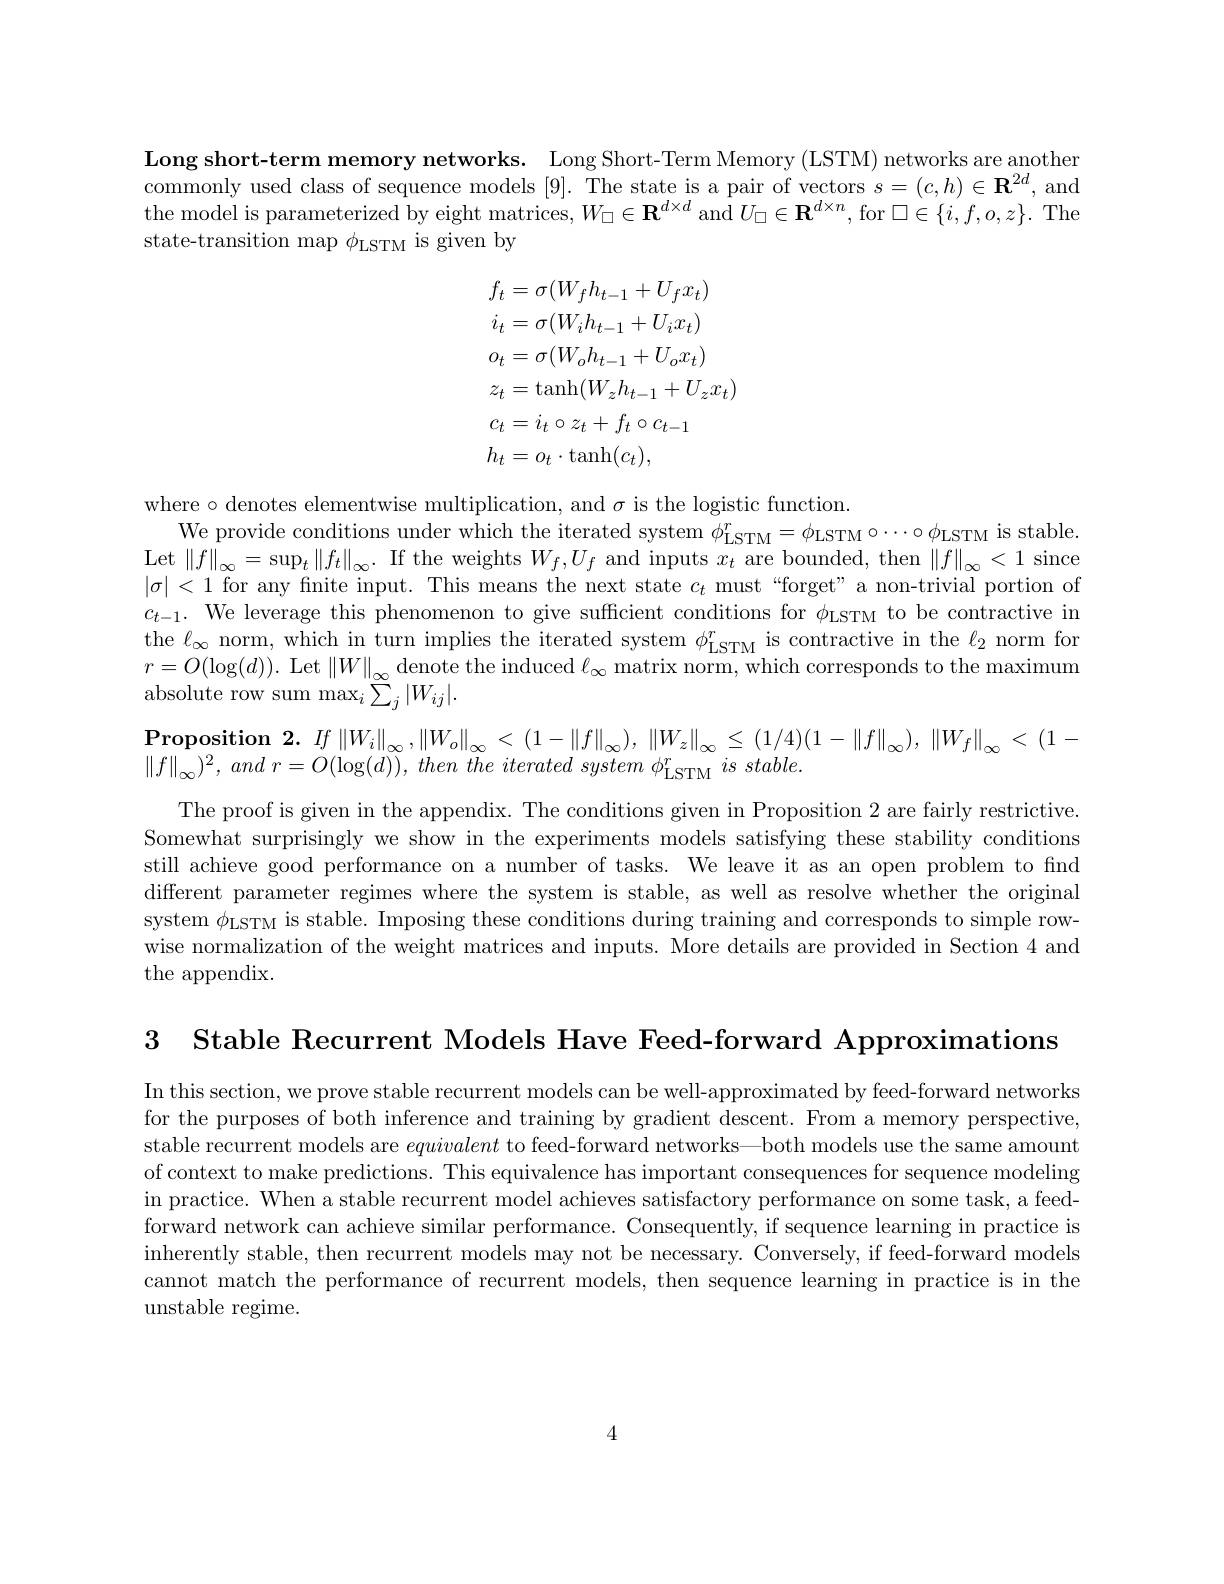
Long short-term memory networks. Long Short-Term Memory (LSTM) networks are another commonly used class of sequence models [9]. The state is a pair of vectors $s=(c,h)\in\mathbf{R}^{2d}$, and the model is parameterized by eight matrices, $W_\square\in\mathbf{R}^{d\times d}$ and $U_\square\in\mathbf{R}^{d\times n}$, for $\square\in\{i,f,o,z\}.$ The state-transition map $\phi_\mathrm{LSTM}$ is given by
$$\begin{aligned}&f_{t}=\sigma(W_{f}h_{t-1}+U_{f}x_{t})\\&i_{t}=\sigma(W_{i}h_{t-1}+U_{i}x_{t})\\&o_{t}=\sigma(W_{o}h_{t-1}+U_{o}x_{t})\\&z_{t}=\mathrm{tanh}(W_{z}h_{t-1}+U_{z}x_{t})\\&c_{t}=i_{t}\circ z_{t}+f_{t}\circ c_{t-1}\\&h_{t}=o_{t}\cdot\mathrm{tanh}(c_{t}),\end{aligned}$$
where $\circ$denotes elementwise multiplication, and $\sigma$ is the logistic function.
We provide conditions under which the iterated system $\phi_{\mathrm{LSTM}}^{r}=\phi_{\mathrm{LSTM}}\circ\cdots\circ\phi_{\mathrm{LSTM}}$ is stable. $\operatorname*{Let}\left\|f\right\|_{\infty}=\operatorname*{sup}_{t}\left\|f_{t}\right\|_{\infty}.$ If the weights $W_f,U_f$ and inputs $x_t$ are bounded, then $\left\|f\right\|_{\infty}<1$ since $|\sigma|<1$ for any finite input. This means the next state $c_t$ must “forget”a non-trivial portion of $c_{t-1}.$ We leverage this phenomenon to give sufficient conditions for $\phi_\text{LSTM}$ to be contractive in the $\ell_\infty$ norm, which in turn implies the iterated system $\phi_\mathrm{LSTM}^{r}$ is contractive in the $\ell_2$ norm for $r=O(\log(d)).$ Let $\|W\|_\infty$denote the induced $\ell_\infty$ matrix norm, which corresponds to the maximum absolute row sum max$_i{\bar{\sum}_j}|W_{ij}|.$

$\textbf{Proposition 2. }If\left \| W_{i}\right \| _{\infty }, \left \| W_{o}\right \| _{\infty }< ( 1- \left \| f\right \| _{\infty }) , \left \| W_{z}\right \| _{\infty }\leq ( 1/ 4) ( 1- \left \| f\right \| _{\infty }) , \left \| W_{f}\right \| _{\infty }< ( 1-$ $\left\|f\right\|_{\infty}^{2}=\left\|f\right\|_{\infty}^{2}=\left\|f\right\|_{\infty}^{2}=\left\|f\right\|_{\infty}^{2}=\left\|f\right\|_{\infty}^{2}=\left\|f\right\|_{\infty}^{2}=\left\|f\right\|_{\infty}^{2}=\left\|f\right\|_{\infty}^{3}=\left\|f\right\|_{\infty}^{2}=\left\|f\right\|_{\infty}^{2}$

$\| f\| _{\infty }) ^{2}$, and $r= O( \log ( d) ) $, then $\tilde {the}$ iterated system $\phi _{\mathrm{LSTM}}^{r}$ $is$ $stable.$

The proof is given in the appendix. The conditions given in Proposition 2 are fairly restrictive. Somewhat surprisingly we show in the experiments models satisfying these stability conditions still achieve good performance on a number of tasks. We leave it as an open problem to find different parameter regimes where the system is stable, as well as resolve whether the original system $\phi_\mathrm{LSTM}$ is stable. Imposing these conditions during training and corresponds to simple rowwise normalization of the weight matrices and inputs. More details are provided in Section 4 and the appendix.

3 Stable Recurrent Models Have Feed-forward Approximations

In this section, we prove stable recurrent models can be well-approximated by feed-forward networks for the purposes of both inference and training by gradient descent. From a memory perspective, stable recurrent models are equivalent to feed-forward networks—both models use the same amount of context to make predictions. This equivalence has important consequences for sequence modeling in practice. When a stable recurrent model achieves satisfactory performance on some task, a feedforward network can achieve similar performance. Consequently, if sequence learning in practice is inherently stable, then recurrent models may not be necessary. Conversely, if feed-forward models cannot match the performance of recurrent models, then sequence learning in practice is in the unstable regime.

4